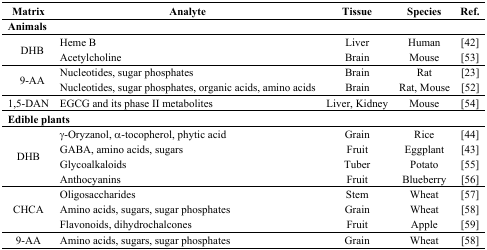
<table><thead><tr><td><b>Matrix</b></td><td><b>Analyte</b></td><td><b>Tissue</b></td><td><b>Species</b></td><td><b>Ref.</b></td></tr></thead><tbody><tr><td colspan="5"><b>Animals</b></td></tr><tr><td rowspan="2">DHB</td><td>Heme B</td><td>Liver</td><td>Human</td><td>[42]</td></tr><tr><td>Acetylcholine</td><td>Brain</td><td>Mouse</td><td>[53]</td></tr><tr><td rowspan="2">9-AA</td><td>Nucleotides, sugar phosphates</td><td>Brain</td><td>Rat</td><td>[23]</td></tr><tr><td>Nucleotides, sugar phosphates, organic acids, amino acids</td><td>Brain</td><td>Rat, Mouse</td><td>[52]</td></tr><tr><td>1,5-DAN</td><td>EGCG and its phase II metabolites</td><td>Liver, Kidney</td><td>Mouse</td><td>[54]</td></tr><tr><td colspan="5"><b>Edible plants</b></td></tr><tr><td rowspan="4">DHB</td><td>γ-Oryzanol, α-tocopherol, phytic acid</td><td>Grain</td><td>Rice</td><td>[44]</td></tr><tr><td>GABA, amino acids, sugars</td><td>Fruit</td><td>Eggplant</td><td>[43]</td></tr><tr><td>Glycoalkaloids</td><td>Tuber</td><td>Potato</td><td>[55]</td></tr><tr><td>Anthocyanins</td><td>Fruit</td><td>Blueberry</td><td>[56]</td></tr><tr><td rowspan="3">CHCA</td><td>Oligosaccharides</td><td>Stem</td><td>Wheat</td><td>[57]</td></tr><tr><td>Amino acids, sugars, sugar phosphates</td><td>Grain</td><td>Wheat</td><td>[58]</td></tr><tr><td>Flavonoids, dihydrochalcones</td><td>Fruit</td><td>Apple</td><td>[59]</td></tr><tr><td>9-AA</td><td>Amino acids, sugars, sugar phosphates</td><td>Grain</td><td>Wheat</td><td>[58]</td></tr></tbody></table>